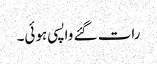
رات گئے واپسی ہوئی۔